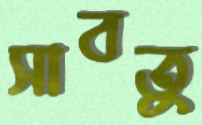
সাবতু